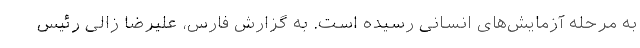
به مرحله آزمایش‌های انسانی رسیده است. به گزارش فارس، علیرضا زالی رئیس